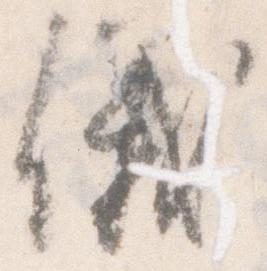
儀